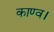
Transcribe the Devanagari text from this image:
काण्‍व।